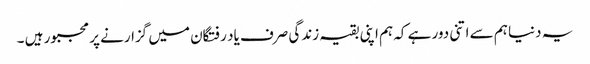
یہ دنیا ہم سے اتنی دور ہے کہ ہم اپنی بقیہ زندگی صرف یاد رفتگان میں گزارنے پر مجبور ہیں ۔